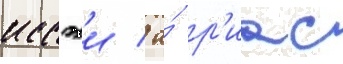
иссэи / а́ р'иас